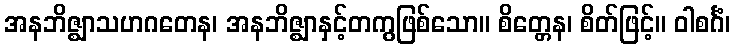
အနဘိဇ္ဈာသဟဂတေန၊ အနဘိဇ္ဈာနှင့်တကွဖြစ်သော။ စိတ္တေန၊ စိတ်ဖြင့်။ ဝါစင်္ဂံ၊